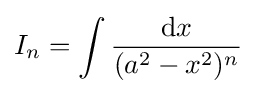
I_{n}=\int {\frac {{\text{d}}x}{(a^{2}-x^{2})^{n}}}\,\!